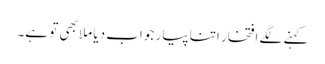
کہنے لگے افتخار اتنا پیار جواب دیا ملا بھی تو ہے۔